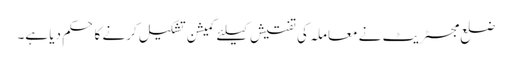
ضلع مجسٹریٹ نے معاملہ کی تفتیش کیلئے کمیشن تشکیل کرنے کا حکم دیا ہے۔